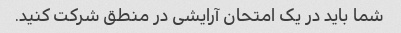
شما باید در یک امتحان آرایشی در منطق شرکت کنید.